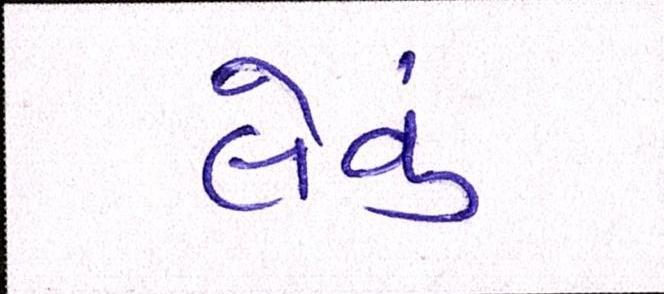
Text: લેવું